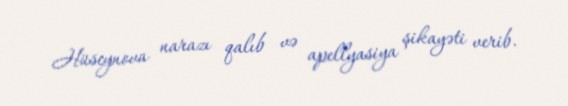
Hüseynova narazı qalıb və apellyasiya şikayəti verib.